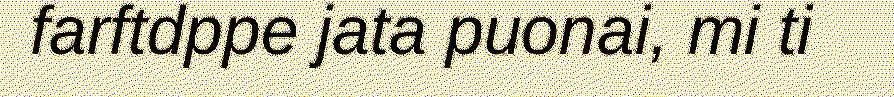
farftdppe jata puonai, mi ti